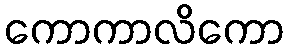
ကောကာလိကော